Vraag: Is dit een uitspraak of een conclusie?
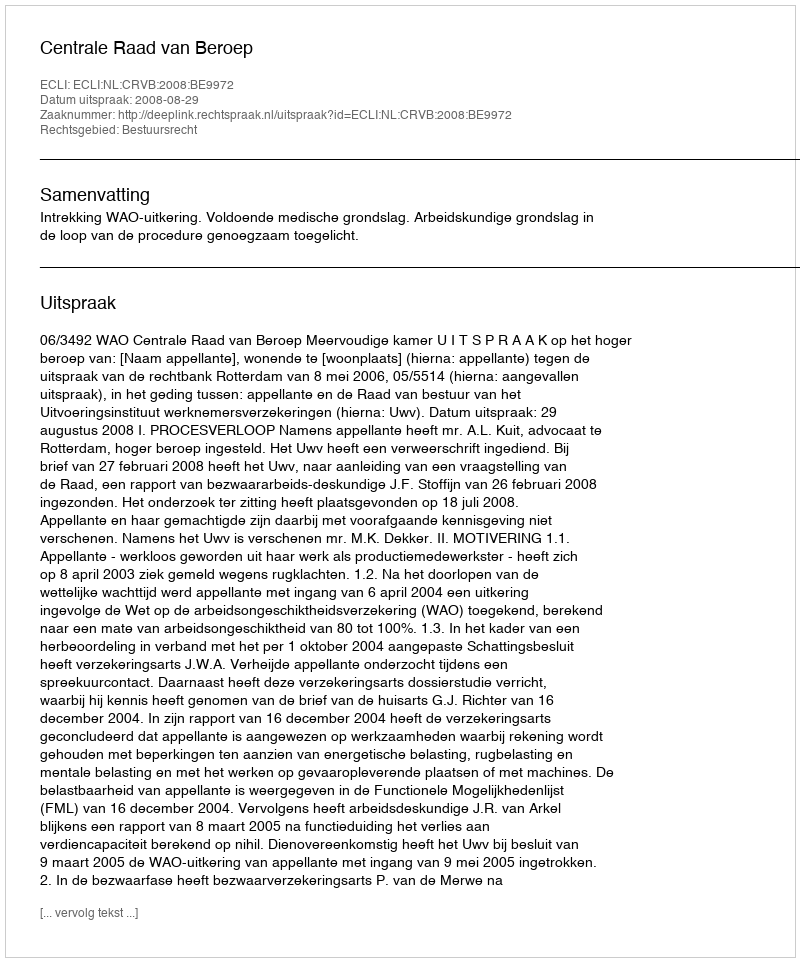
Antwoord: Uitspraak